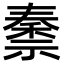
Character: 𫀜